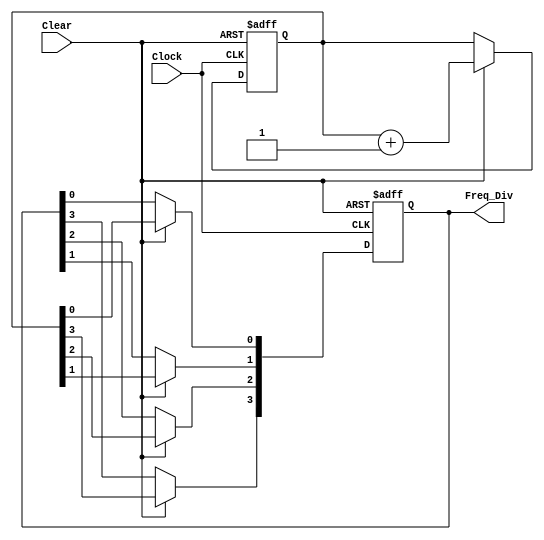
// Module Name:    Frequency_Divider 

module Frequency_Divider(Clock,Freq_Div,Clear);
	input Clock,Clear;
	output reg [3:0] Freq_Div;
	reg [3:0] Count;
	always @(posedge Clock or negedge Clear)
	begin
	if(Clear == 0)
	begin
		Freq_Div <= 4'b0;
		Count <= 4'b0;
	end
	else if(Clear == 1)
	begin
		Freq_Div[0] <= Count[0];
		Freq_Div[1] <= Count[1];
		Freq_Div[2] <= Count[2];
		Freq_Div[3] <= Count[3];
		Count <= Count + 4'b1;
	end
	end
endmodule